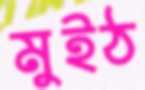
মুইঠ